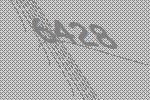
6428